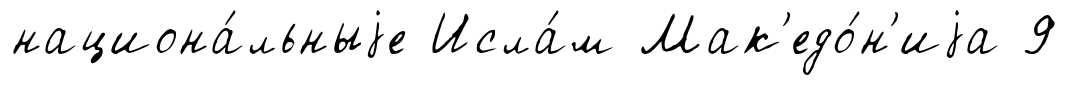
национа́льныjе Исла́м Мак'едо́н'иjа 9